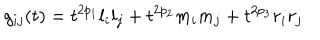
g _ { i j } ( t ) = t ^ { 2 p _ { 1 } } l _ { i } l _ { j } + t ^ { 2 p _ { 2 } } m _ { i } m _ { j } + t ^ { 2 p _ { 3 } } r _ { i } r _ { j }